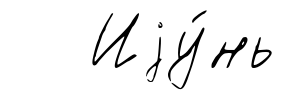
Иjу́нь